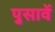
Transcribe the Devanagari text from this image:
पुसावें